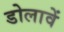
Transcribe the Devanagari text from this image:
डोलावें